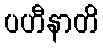
ပဟီနာတိ